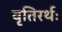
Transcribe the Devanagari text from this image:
वृतिरर्थः